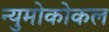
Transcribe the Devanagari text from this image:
न्युमोकोकल